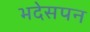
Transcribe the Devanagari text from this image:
भदेसपन